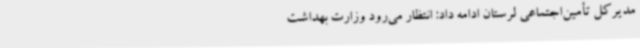
مدیرکل تأمین‌اجتماعی لرستان ادامه داد: انتظار می‌رود وزارت بهداشت